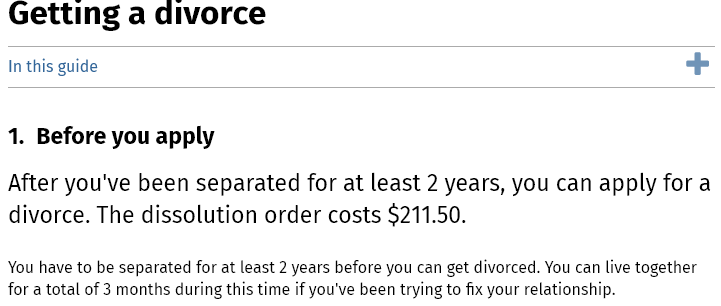
Getting    a  divorce
  In this guide
  1. Before  you  apply
  After you've  been   separated   for at  least 2 years, you   can apply   for a
  divorce. The   dissolution   order  costs $211.50.
  You have to be separated for at least 2 years before you can get divorced. You can live together
  for a total of 3 months during this time if you've been trying to fix your relationship.